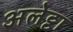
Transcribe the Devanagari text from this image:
अलेट्टा